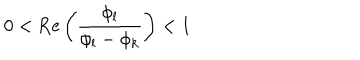
0 < \mathrm { R e } \left( \frac { \phi _ { l } } { \phi _ { l } - \phi _ { k } } \right) < 1